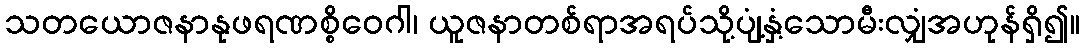
သတယောဇနာနုဖရဏစ္စိဝေဂါ၊ ယူဇနာတစ်ရာအရပ်သို့ပျံ့နှံ့သောမီးလျှံအဟုန်ရှိ၍။